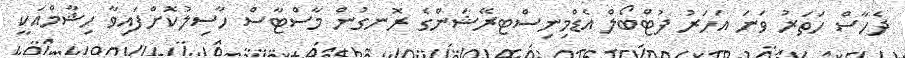
ދެހާސް ހަތަރު ވަނަ އަހަރު ފުޓްބޯލް އެޑްމިނިސްޓރޭޝަންގެ ރޮނގުން މާސްޓާސް ހާސިލުކޮށްފައިވާ ހިޝާމްއަކީ